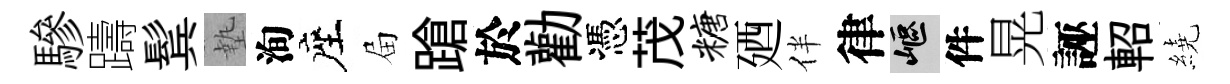
驂躊鬂墊洵座屇蹌於勸憑茂糖廼伴律嶇件晃誣軺繞